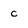
Character: c